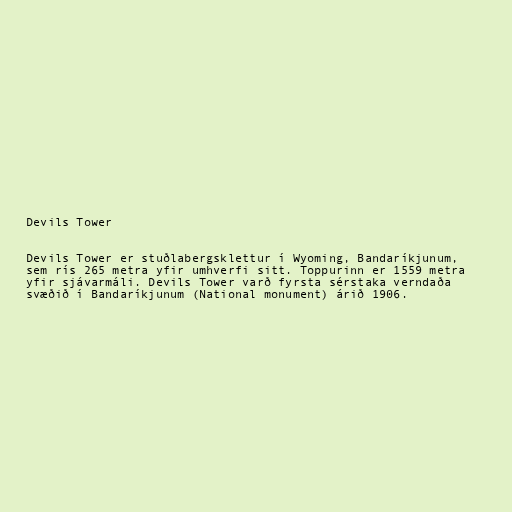
Devils Tower

Devils Tower er stuðlabergsklettur í Wyoming, Bandaríkjunum,
sem rís 265 metra yfir umhverfi sitt. Toppurinn er 1559 metra
yfir sjávarmáli. Devils Tower varð fyrsta sérstaka verndaða
svæðið í Bandaríkjunum (National monument) árið 1906.